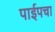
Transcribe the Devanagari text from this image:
पाईपचा